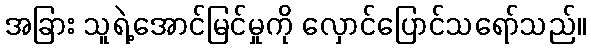
အခြား သူရဲ့အောင်မြင်မှုကို လှောင်ပြောင်သရော်သည်။